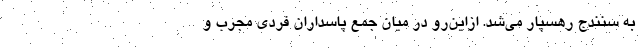
به سنندج رهسپار می‌شد. ازاین‌رو در میان جمع پاسداران فردی مجرب و